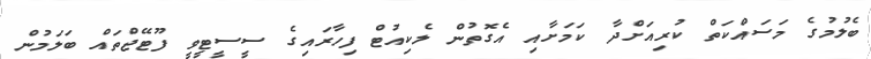
ބެލުމުގެ މަސައްކަތް ކުރިއަށްދާ ކަމަށާއި އެގޮތުން ލެކިއުޓް ފިހާރައިގެ ސީސީޓީވީ ފޫޓޭޖްތައް ބަލަމުން